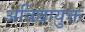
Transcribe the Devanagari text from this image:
अविद्यायुक्त